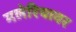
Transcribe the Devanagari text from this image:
मलेरियावर